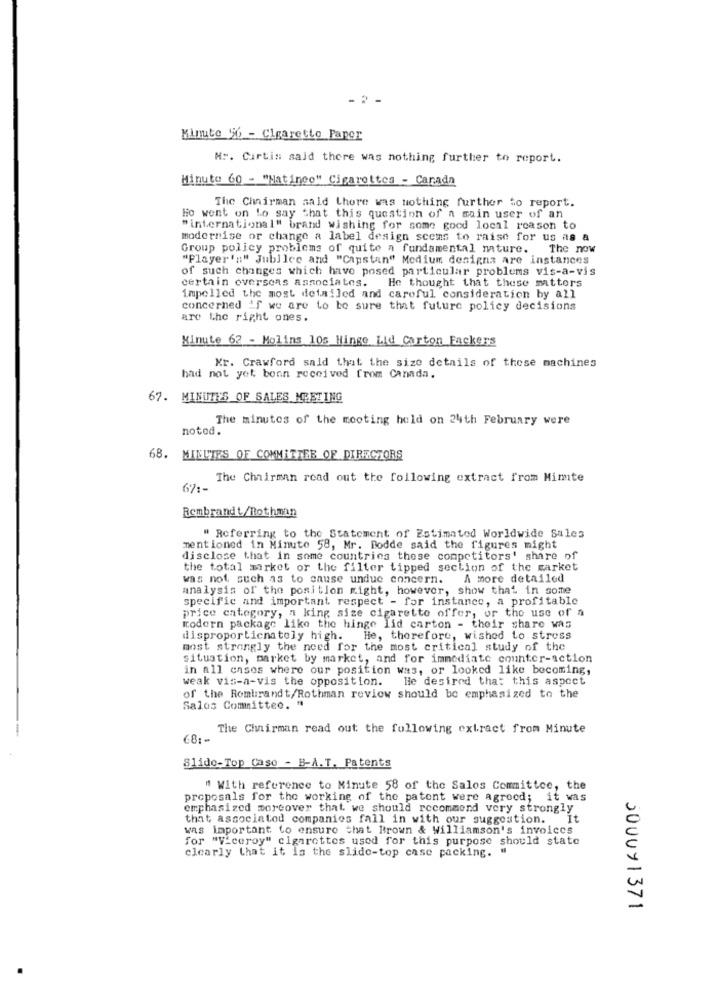
Minute 56 - Cigarette Paper
Nr. Curtis said there was nothing further to report.
Minuto 60 - "Natinco" Cigarettes - Carada
The Chairman said there was nothing further to report.
Ho went on Lo say that this question of a main user of an
"international" brand wishing for some good local reason to
modernise or change a label design seems to raise for us as a
Group policy problems of quite a fundamental nature. The now
"Player's" Jubilee and "Capstan" Modium designa are instances
of such changes which have posed particular problems vis-a-vis
certain overseas associates. He thought that these matters
impelled the most detailed and careful consideration by all
concerned if we are to be sure that future policy decisions
are the right ones.
Minute 62 - Molins 10s Hinge Lid Corton Packers
Kr. Crawford said that the size details of these machines
had not yet bonn received from Canada.
67. MINUTES OF SALES MEETING
The minutes of the mooting held on 24th February were
notod.
68.
MINUTES OF COMMITTEE OF DIRECTORS
The Chairman read out the following extract from Mimte
67 .-
Rembrandt/Rothman
" Referring to the Statement of Estimated Worldwide Sales
mentioned in Minute 58, Mr. Bodde said the figures might
disclose that in some countries these competitors' share of
the total mirket or the filter tipped section of the market
was not such as to cause undue concern.
A more detailed
analysis of the position might, however, show that in some
specific and important respect - for instance, a profitable
price category, a king size cigarette offer, or the use of a
modern package like the hinge lid carton - their share was
disproportionately high.
He, therefore, wished to stress
most strongly the need for the most critical study of the
situation, market by market, and for immediate counter-action
in all cases where our position was, or looked like becoming,
weak vis-a-vis the opposition.
He desired that this aspect
of the Rombrandt/Rothman review should be emphasized to the
Salos Committee. "
The Civiirman read out the following extract from Minute
68 :-
Slide-Top Case - B-A.T. Patents
" With reference to Minute 58 of the Salos Committee, the
proposals for the working of the patent were agreed; it was
emphasized moreover that we should recommend very strongly
that associated companies fall in with our suggestion. It
was important to ensure that Brown & Williamson's invoices
for "Viceroy" cigarettes used for this purpose should state
clearly that it Is the slide-top case packing. "
5000Y1371